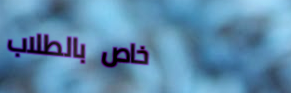
خاص بالطلاب